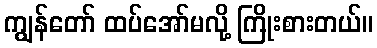
ကျွန်တော် ထပ်အော်မလို့ ကြိုးစားတယ်။